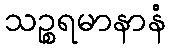
သဉ္စရမာနာနံ